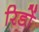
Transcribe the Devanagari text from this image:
रिडों